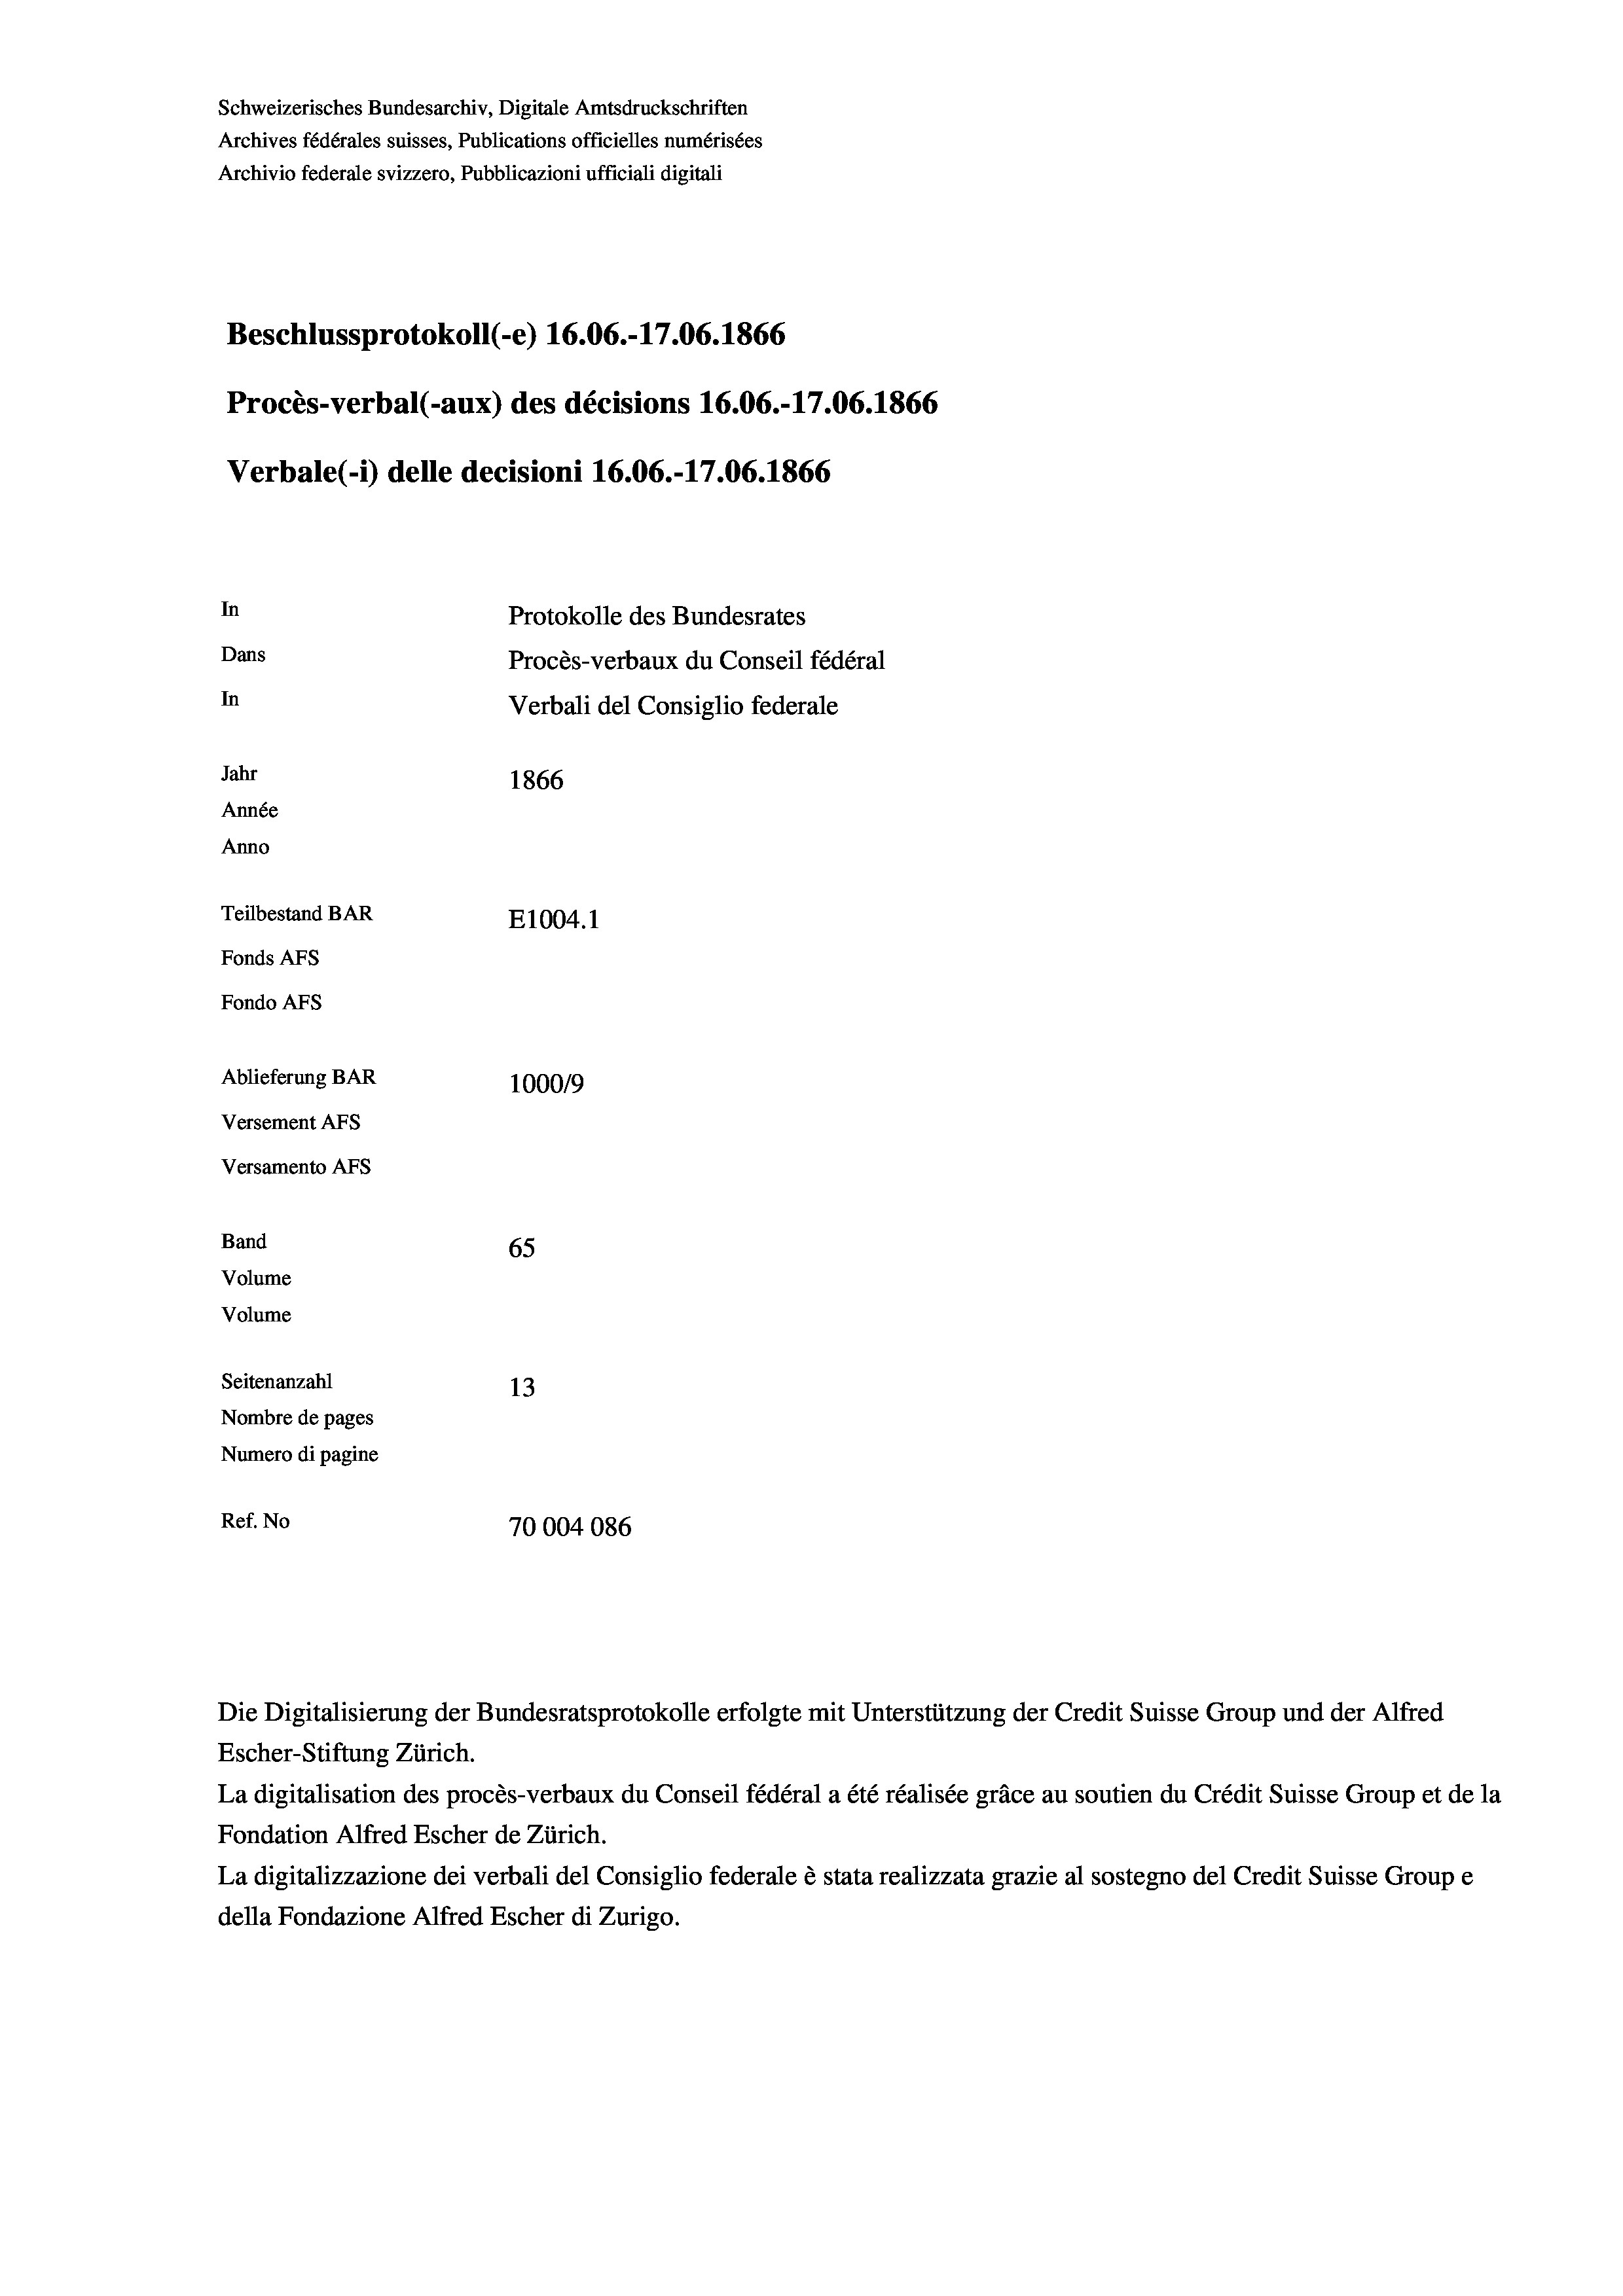
Schweizerisches Bundesarchiv, Digitale Amtsdruckschriften
Archives fédérales suisses, Publications officielles numérisées
Archivio federale svizzero, Pubblicazioni ufficiali digitali
Beschlussprotokoll (-e) 16.06.-17.06. 1866
Procès-verbal (-aux) des décisions 16.06.-17.06. 1866
Verbale(-*) delle decisioni 16.06.-17.06. 1866
In
Protokolle des Bundesrates
Dans
Procès-verbaux du Conseil fédéral
In
Verbali del Consiglio federale
Jahr
1866
Année
Anno
Teilbestand BAR
E1004.1
Fonds AFs
Fondo Afs
Ablieferung BAR
100019
Versement AFs
Versamento AFs
Band
65
Volume
Volume
Seitenanzahl
13
Nombre de pages
Numero di pagine
Ref. No
70004086

Escher-Stiftung Zürich.
La digitalisation des procès-verbaux du Conseil fédéral a été réalisée gräce au soutien du Crédit Suisse Group et de la
Fondation Alfred Escher de Zürich.
La digitalizzazione dei verbali del Consiglio federale è stata realizzata grazie al sostegno del Credit Suisse Groupe
della Fondazione Alfred Escher di Zurigo.

Die Digitalisierung der Bundesratsprotokolle erfolgte mit Unterstützung der Credit Suisse Group und der Alfred